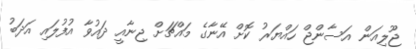
ޖޫލިއަން އަސާންޖް ހައްޔަރު ކޮށް އޭނާގެ މައްޗަށް ޖިނާއީ ދައުވާ އުފުލައި އަދަބު